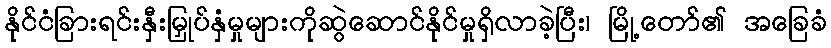
နိုင်ငံခြားရင်းနှီးမြှုပ်နှံမှုများကိုဆွဲဆောင်နိုင်မှုရှိလာခဲ့ပြီး၊ မြို့တော်၏ အခြေခံ